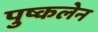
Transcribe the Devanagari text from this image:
पुष्कलेन